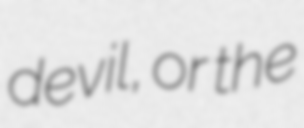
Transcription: devil, or the